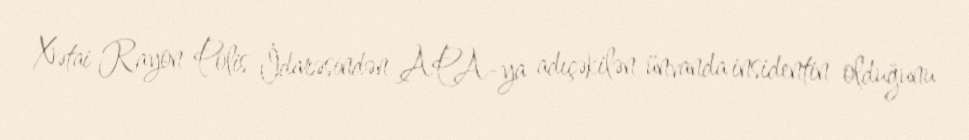
Xətai Rayon Polis İdarəsindən APA-ya adıçəkilən ünvanda insidentin olduğunu